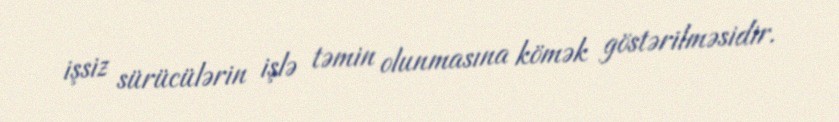
işsiz sürücülərin işlə təmin olunmasına kömək göstərilməsidir.